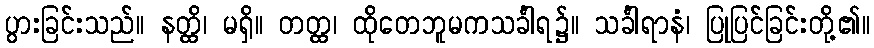
ပွားခြင်းသည်။ နတ္ထိ၊ မရှိ။ တတ္ထ၊ ထိုတေဘူမကသင်္ခါရ၌။ သင်္ခါရာနံ၊ ပြုပြင်ခြင်းတို့၏။